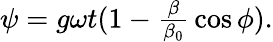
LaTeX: \begin{array}{c}{{\psi=g\omega t(1-{\frac{\beta}{\beta_{0}}}\cos{\phi}).}}\end{array}